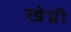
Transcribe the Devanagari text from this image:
खेप्री